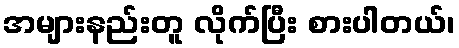
အများနည်းတူ လိုက်ပြီး စားပါတယ်၊